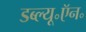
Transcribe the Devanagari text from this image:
डब्ल्यू॰ऍन॰